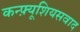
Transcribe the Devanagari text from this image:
कन्फ़्यूशियसवाद